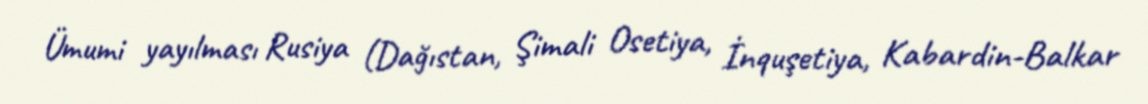
Ümumi yayılması Rusiya (Dağıstan, Şimali Osetiya, İnquşetiya, Kabardin-Balkar